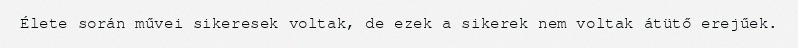
Élete során művei sikeresek voltak, de ezek a sikerek nem voltak átütő erejűek.